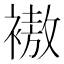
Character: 𲀿